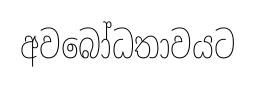
අවබෝධතාවයට